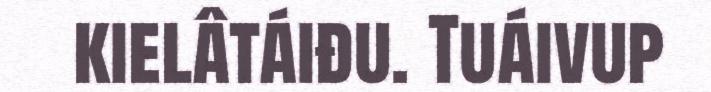
kielâtáiđu. Tuáivup